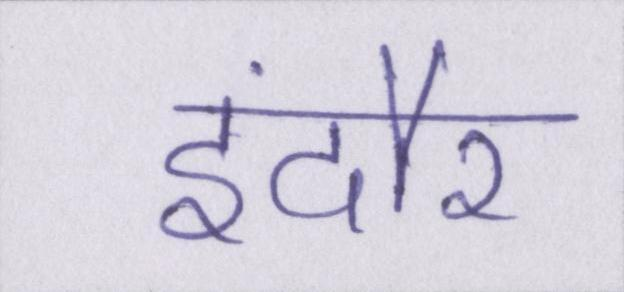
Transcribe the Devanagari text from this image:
इंदौर